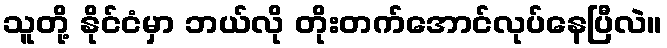
သူတို့ နိုင်ငံမှာ ဘယ်လို တိုးတက်အောင်လုပ်နေပြီလဲ။